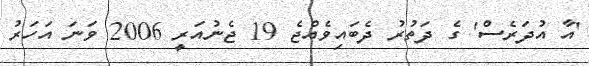
'އާ އުދަރެސް' ގެ ދަތުރު ދެބައިވެއްޖެ 19 ޖެނުއަރީ 2006 ވަނަ އަހަރު